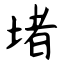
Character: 堵